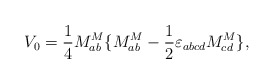
\begin{align*}V_0 = \frac14 M^M_{ab} \{ M^M_{ab} - \frac12 \varepsilon_{abcd}M^M_{cd}\}, \end{align*}